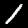
Digit: 1